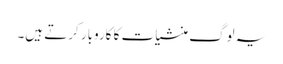
یہ لوگ منشیات کا کاروبار کرتے ہیں۔